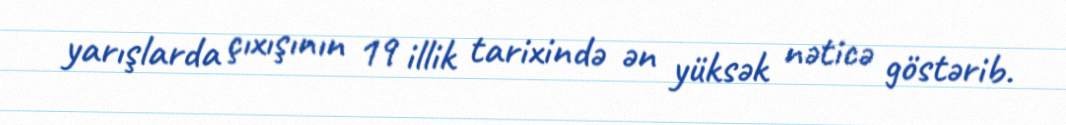
yarışlarda çıxışının 19 illik tarixində ən yüksək nəticə göstərib.